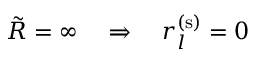
\tilde { R } = \infty \quad \Rightarrow \quad r _ { l } ^ { ( \mathrm { s } ) } = 0